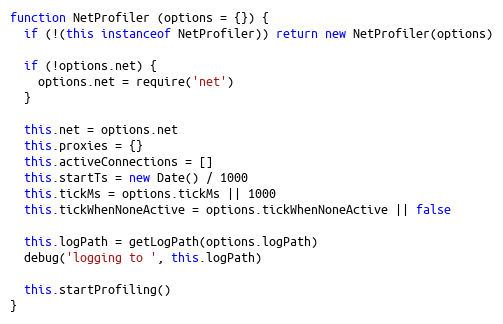
Language: JavaScript
function NetProfiler (options = {}) {
  if (!(this instanceof NetProfiler)) return new NetProfiler(options)

  if (!options.net) {
    options.net = require('net')
  }

  this.net = options.net
  this.proxies = {}
  this.activeConnections = []
  this.startTs = new Date() / 1000
  this.tickMs = options.tickMs || 1000
  this.tickWhenNoneActive = options.tickWhenNoneActive || false

  this.logPath = getLogPath(options.logPath)
  debug('logging to ', this.logPath)

  this.startProfiling()
}